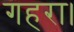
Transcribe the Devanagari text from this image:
गहरा।